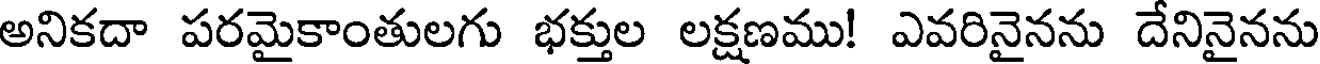
అనికదా పరమైకాంతులగు భక్తుల లక్షణము! ఎవరినైనను దేనినైనను